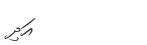
އަދި